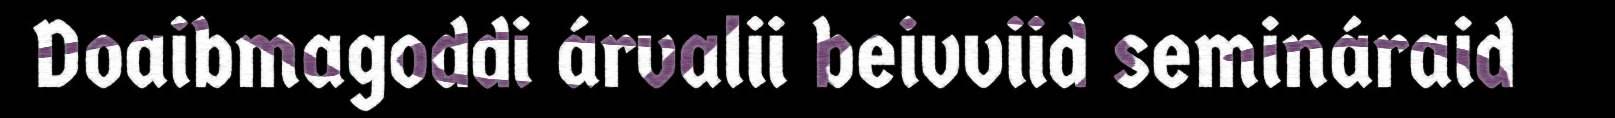
Doaibmagoddi árvalii beivviid semináraid